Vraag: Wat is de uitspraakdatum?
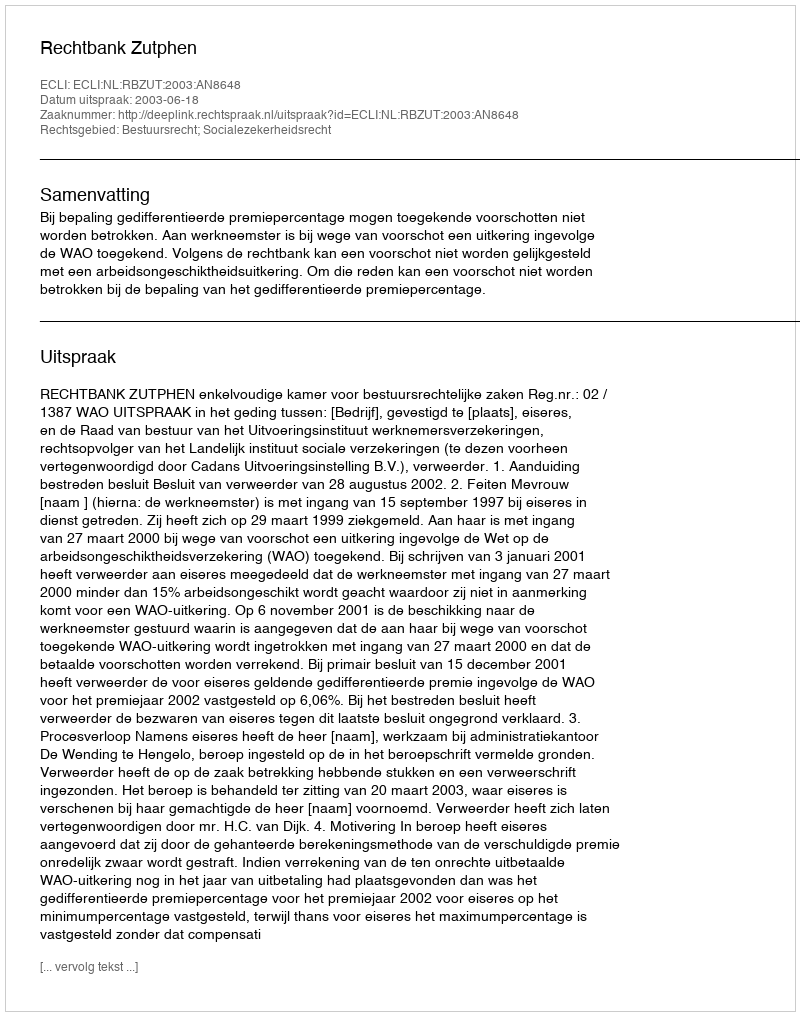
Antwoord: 2003-06-18